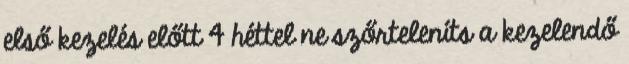
első kezelés előtt 4 héttel ne szőrteleníts a kezelendő